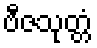
ဗီဇသုတ္တံ